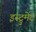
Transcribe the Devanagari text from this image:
इस्ट्रुमेंट